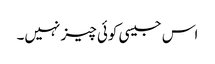
اس جیسی کوئی چیز نہیں۔